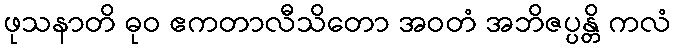
ဖုသနာတိ ဓုဝ ဧကတာလီသိတော အဝတံ အဘိဇပ္ပန္တိ ကလံ